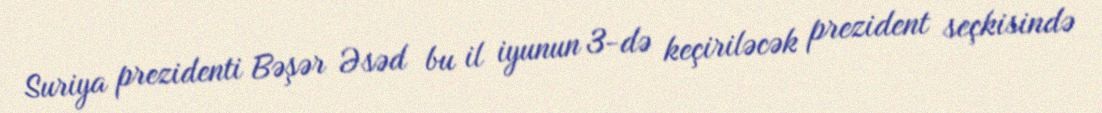
Suriya prezidenti Bəşər Əsəd bu il iyunun 3-də keçiriləcək prezident seçkisində